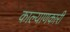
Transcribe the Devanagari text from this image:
काल्याणकारी